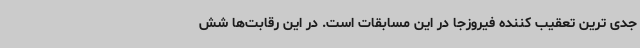
جدی ترین تعقیب کننده فیروزجا در این مسابقات است. در این رقابت‌ها شش